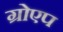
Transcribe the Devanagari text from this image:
ग्रोएप